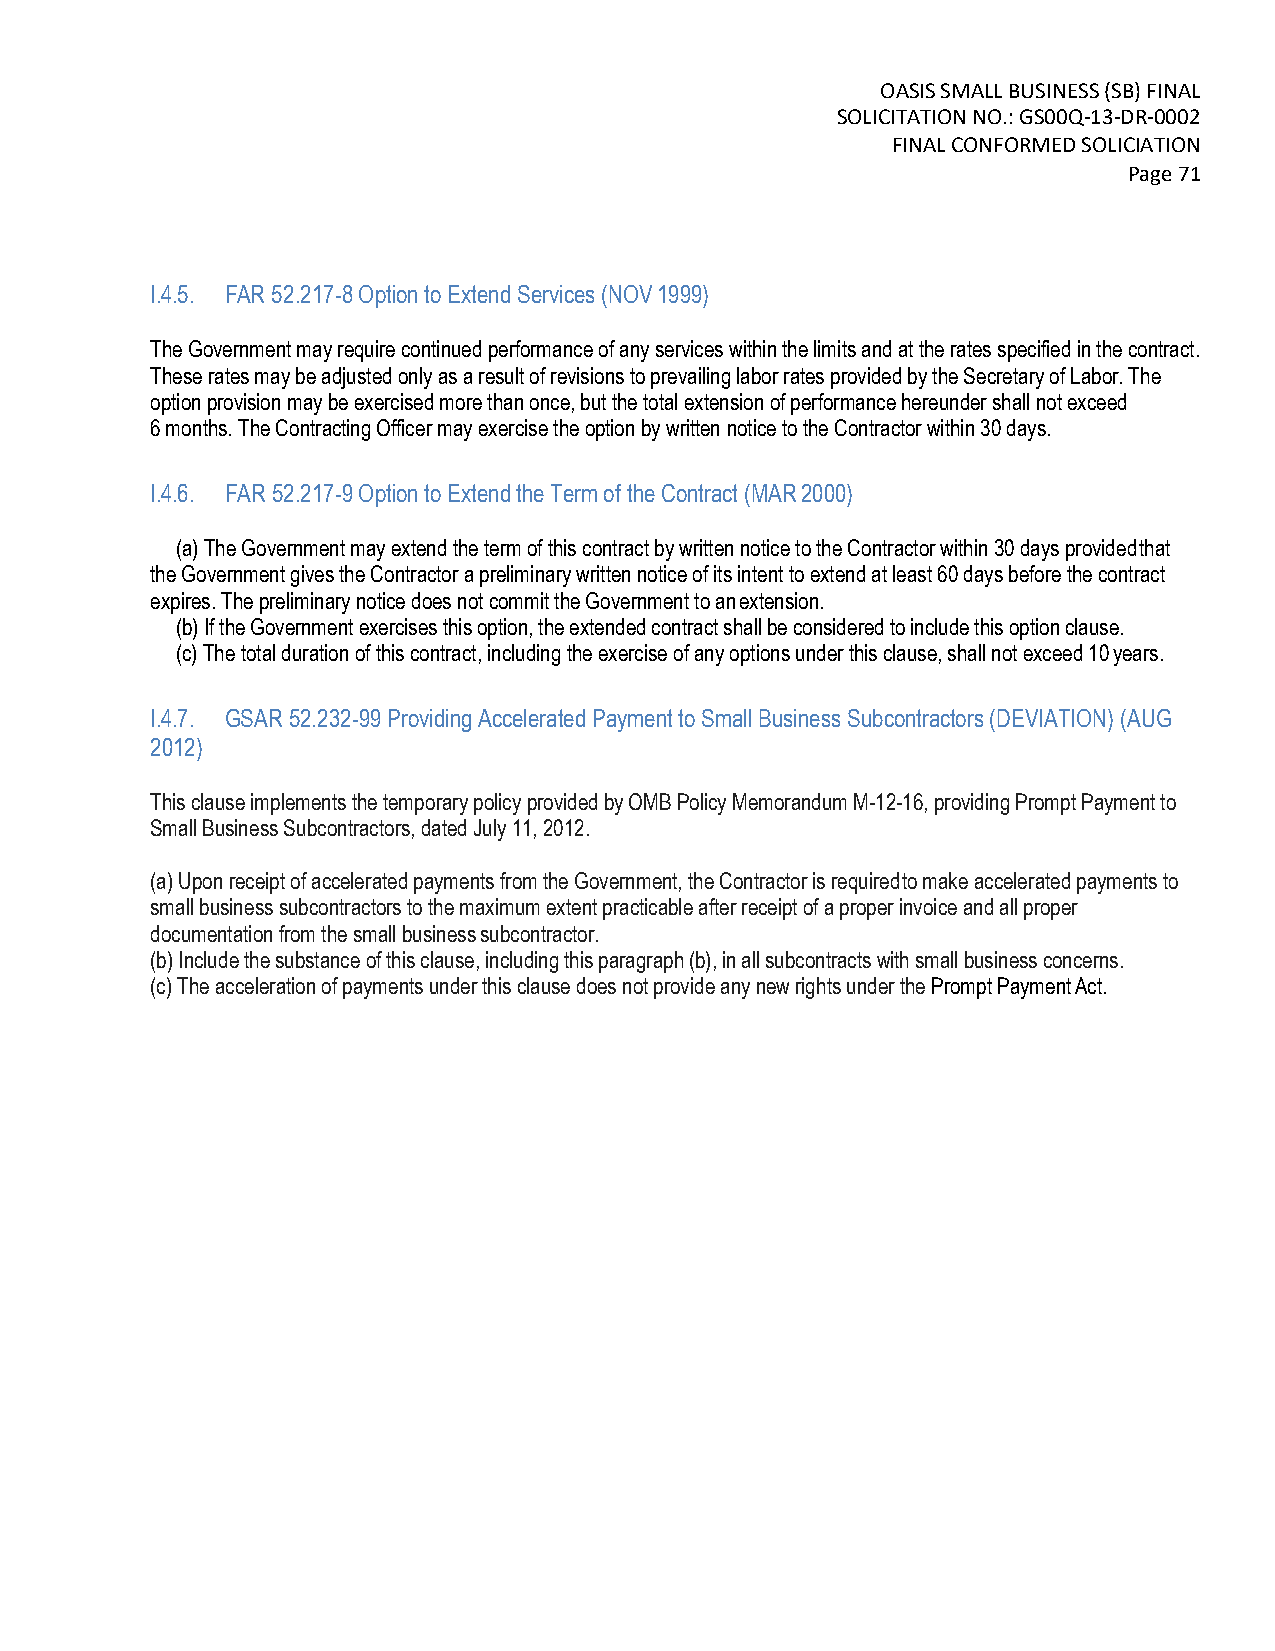
OASIS SMALL BUSINESS (SB) FINAL
 SOLICITATION NO.: GS00Q-13-DR-0002
 FINAL CONFORMED SOLICIATION
 Page 71
 I.4.5. FAR 52.217-8 Option to Extend Services (NOV 1999)
 The Government may require continued performance of any services within the limits and at the rates specified in the contract.
 These rates may be adjusted only as a result of revisions to prevailing labor rates provided by the Secretary of Labor. The
 option provision may be exercised more than once, but the total extension of performance hereunder shall not exceed
 6 months. The Contracting Officer may exercise the option by written notice to the Contractor within 30 days.
 I.4.6. FAR 52.217-9 Option to Extend the Term of the Contract (MAR 2000)
 (a) The Government may extend the term of this contract by written notice to the Contractor within 30 days provided that
 the Government gives the Contractor a preliminary written notice of its intent to extend at least 60 days before the contract
 expires. The preliminary notice does not commit the Government to an extension.
 (b) If the Government exercises this option, the extended contract shall be considered to include this option clause.
 (c) The total duration of this contract, including the exercise of any options under this clause, shall not exceed 10 years.
 I.4.7. GSAR 52.232-99 Providing Accelerated Payment to Small Business Subcontractors (DEVIATION) (AUG
 2012)
 This clause implements the temporary policy provided by OMB Policy Memorandum M-12-16, providing Prompt Payment to
 Small Business Subcontractors, dated July 11, 2012.
 (a) Upon receipt of accelerated payments from the Government, the Contractor is required to make accelerated payments to
 small business subcontractors to the maximum extent practicable after receipt of a proper invoice and all proper
 documentation from the small business subcontractor.
 (b) Include the substance of this clause, including this paragraph (b), in all subcontracts with small business concerns.
 (c) The acceleration of payments under this clause does not provide any new rights under the Prompt Payment Act.